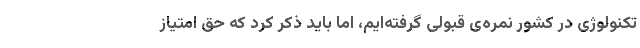
تکنولوژی در کشور نمره‌ی قبولی گرفته‌ایم، اما باید ذکر کرد که حق امتیاز